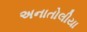
અનાતોલીયા